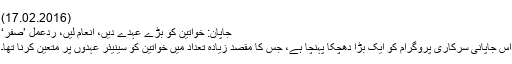
(17.02.2016)
جاپان: خواتین کو بڑے عہدے دیں، انعام لیں، ردعمل ’صفر‘
اس جاپانی سرکاری پروگرام کو ایک بڑا دھچکا پہنچا ہے، جس کا مقصد زیادہ تعداد میں خواتین کو سینیئر عہدوں پر متعین کرنا تھا۔